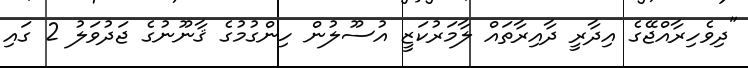
"ދިވެހިރާއްޖޭގެ އިދާރީ ދާއިރާތައް ލާމަރުކަޒީ އުސޫލުން ހިންގުމުގެ ޤާނޫނުގެ ޖަދުވަލު 2 ގައި